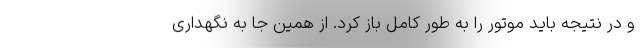
و در نتیجه باید موتور را به طور کامل باز کرد. از همین جا به نگهداری